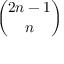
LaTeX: \binom { 2 n - 1 } { n }